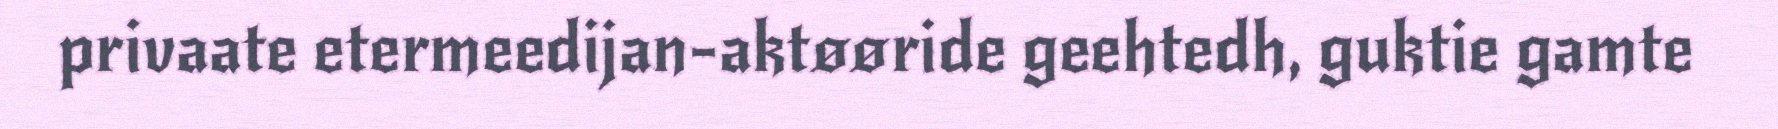
privaate etermeedijan-aktøøride geehtedh, guktie gamte